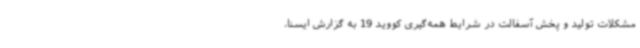
مشکلات تولید و پخش آسفالت در شرایط همه‌گیری کووید 19 به گزارش ایسنا،